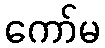
ကော်မ